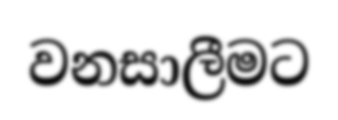
වනසාලීමට